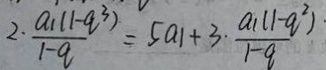
2 \cdot \frac { a _ { 1 } ( 1 - q ^ { 3 } ) } { 1 - q } = 5 a _ { 1 } + 3 \cdot \frac { a _ { 1 } ( 1 - q ^ { 2 } ) \cdot } { 1 - q }